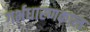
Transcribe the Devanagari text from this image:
गर्भधारणकाल